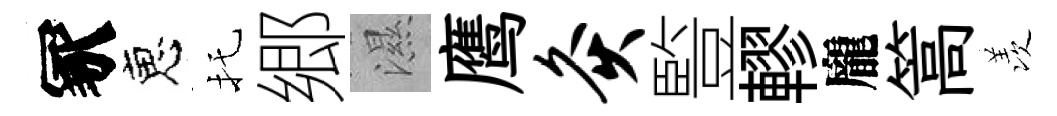
冢恵托郷濕鹰灸䜿轇龐篙羡